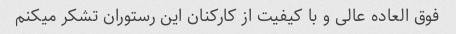
فوق العاده عالی و با کیفیت از کارکنان این رستوران تشکر میکنم